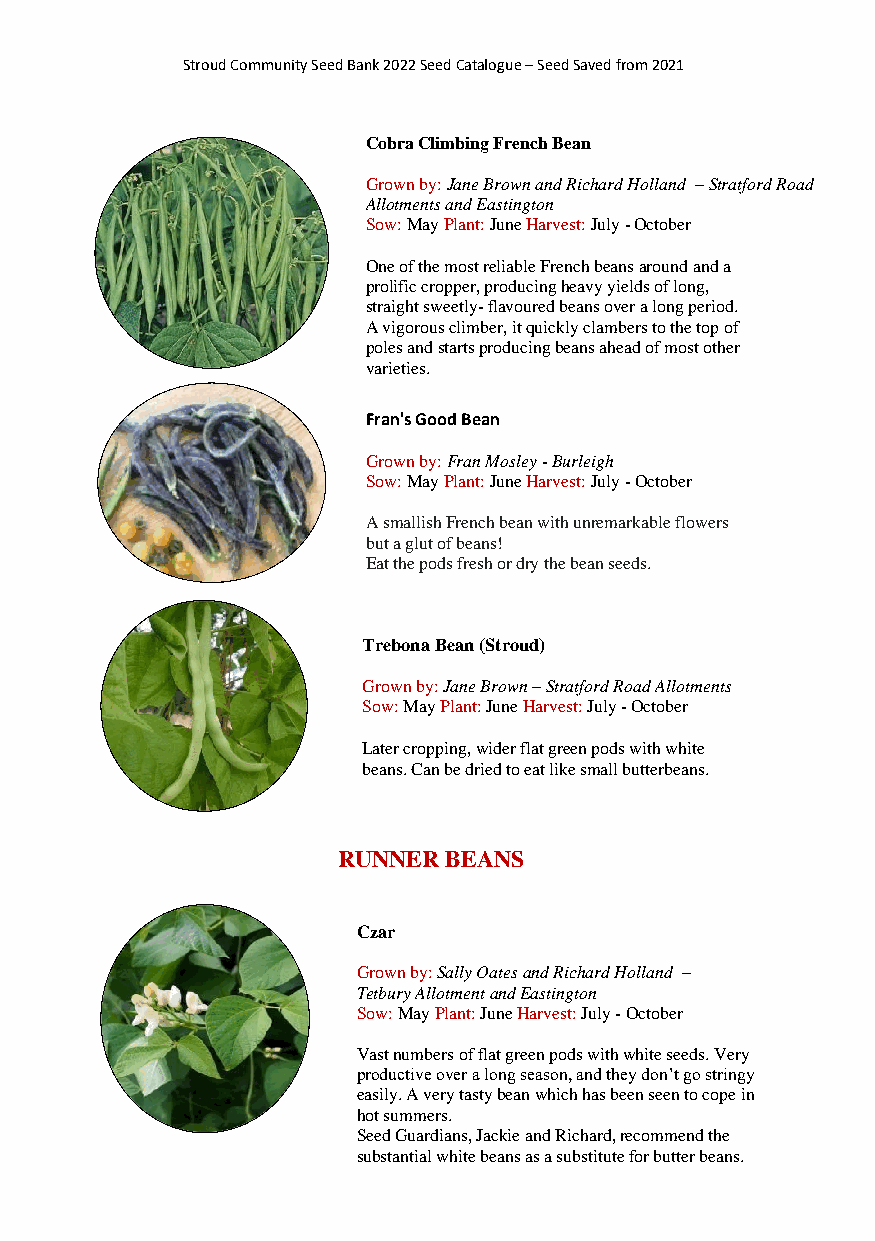
Stroud Community Seed Bank 2022 Seed Catalogue – Seed Saved from 2021
 Cobra Climbing French Bean
 Grown by: Jane Brown and Richard Holland – Stratford Road
 Allotments and Eastington
 Sow: May Plant: June Harvest: July - October
 One of the most reliable French beans around and a
 prolific cropper, producing heavy yields of long,
 straight sweetly- flavoured beans over a long period.
 A vigorous climber, it quickly clambers to the top of
 poles and starts producing beans ahead of most other
 varieties.
 Fran's Good Bean
 Grown by: Fran Mosley - Burleigh
 Sow: May Plant: June Harvest: July - October
 A smallish French bean with unremarkable flowers
 but a glut of beans!
 Eat the pods fresh or dry the bean seeds.
 Trebona Bean (Stroud)
 Grown by: Jane Brown – Stratford Road Allotments
 Sow: May Plant: June Harvest: July - October
 Later cropping, wider flat green pods with white
 beans. Can be dried to eat like small butterbeans.
 RUNNER  BEANS
 Czar
 Grown by: Sally Oates and Richard Holland –
 Tetbury Allotment and Eastington
 Sow: May Plant: June Harvest: July - October
 Vast numbers of flat green pods with white seeds. Very
 productive over a long season, and they don’t go stringy
 easily. A very tasty bean which has been seen to cope in
 hot summers.
 Seed Guardians, Jackie and Richard, recommend the
 substantial white beans as a substitute for butter beans.